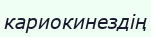
кариокинездің